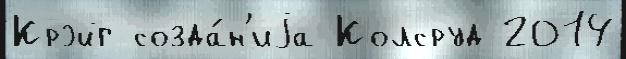
Крэйг созда́н'иjа Колсруд 2014